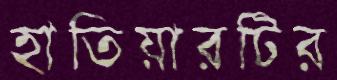
হাতিয়ারটির